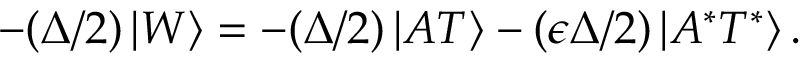
- ( \Delta / 2 ) \left| W \right\rangle = - ( \Delta / 2 ) \left| A T \right\rangle - ( \epsilon \Delta / 2 ) \left| A ^ { * } T ^ { * } \right\rangle .